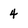
Character: 4